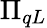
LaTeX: \Pi_{qL}